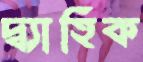
দ্ব্যাহিক